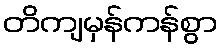
တိကျမှန်ကန်စွာ